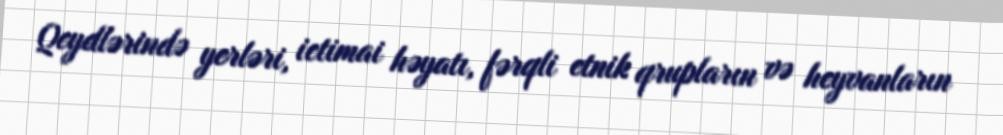
Qeydlərində yerləri, ictimai həyatı, fərqli etnik qrupların və heyvanların